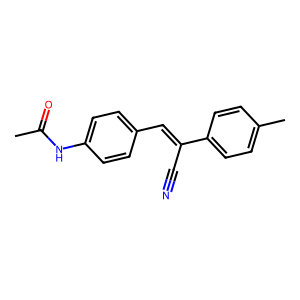
SMILES: CC(=O)Nc1ccc(C=C(C#N)c2ccc(C)cc2)cc1
Inhibits HIV replication: No